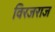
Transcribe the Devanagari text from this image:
विरजराज